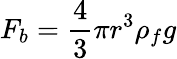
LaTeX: F_{b}={\frac{4}{3}}\pi r^{3}\rho_{f}g